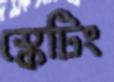
স্কেটিং